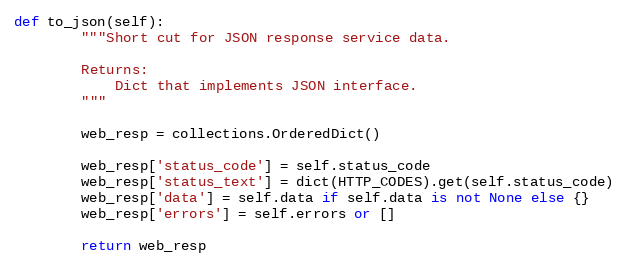
Language: Python
def to_json(self):
        """Short cut for JSON response service data.

        Returns:
            Dict that implements JSON interface.
        """

        web_resp = collections.OrderedDict()

        web_resp['status_code'] = self.status_code
        web_resp['status_text'] = dict(HTTP_CODES).get(self.status_code)
        web_resp['data'] = self.data if self.data is not None else {}
        web_resp['errors'] = self.errors or []

        return web_resp